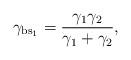
LaTeX: \begin{align*}\gamma_{\mathrm{bs}_1} = \frac{\gamma_1\gamma_2}{\gamma_1+\gamma_2},\end{align*}